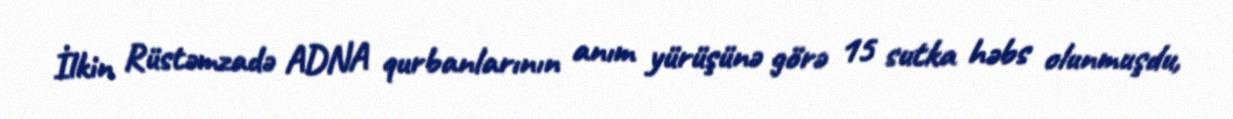
İlkin Rüstəmzadə ADNA qurbanlarının anım yürüşünə görə 15 sutka həbs olunmuşdu,